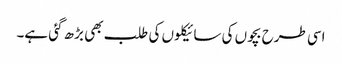
اسی طرح بچوں کی سائیکلوں کی طلب بھی بڑھ گئی ہے۔